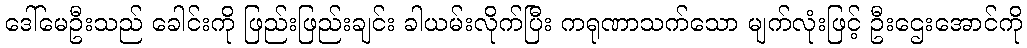
ဒေါ်မေဦးသည် ခေါင်းကို ဖြည်းဖြည်းချင်း ခါယမ်းလိုက်ပြီး ကရုဏာသက်သော မျက်လုံးဖြင့် ဦးဌေးအောင်ကို